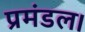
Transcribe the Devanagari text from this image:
प्रमंडल।